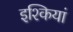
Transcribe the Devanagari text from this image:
इश्कियां